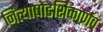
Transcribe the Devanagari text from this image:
नित्याषोडशिकार्णव